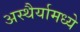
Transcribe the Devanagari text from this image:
अस्थैर्यामध्ये